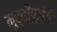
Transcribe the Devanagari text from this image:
मुर्तीपूजेचे